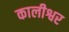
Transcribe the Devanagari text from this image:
कालीश्वर